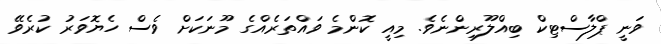
ވަނީ ޕްލާސްޓިކް ބިއްލޫރިންނެވެ. މިއީ ކޮންމެ ވައްތަރެއްގެ މޫނަކަށް ވެސް ހެޔޮވަރު ކުރެވޭ